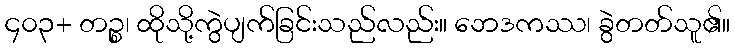
၄၀၃+ တဉ္စ၊ ထိုသို့ကွဲပျက်ခြင်းသည်လည်း။ ဘေဒကဿ၊ ခွဲတတ်သူ၏။